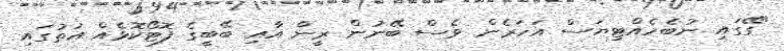
"ގޭގައި ނުބެހެއްޓިޔަސް އަހަރެން ވެސް ބޭނުން ރީން އާއި ބޭބީގެ ފޮޓޯކޮޅެއް އަތުގައި